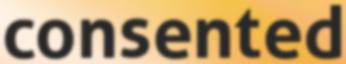
consented